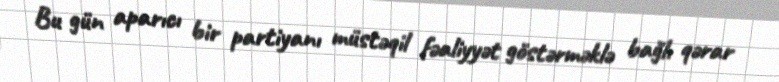
Bu gün aparıcı bir partiyanı müstəqil fəaliyyət göstərməklə bağlı qərar